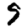
Digit: 9